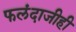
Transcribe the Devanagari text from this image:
फलंदाजीही